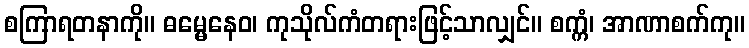
စကြာရတနာကို။ ဓမ္မေနေဝ၊ ကုသိုလ်ကံတရားဖြင့်သာလျှင်။ စက္ကံ၊ အာဏာစက်ကု။